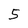
Character: 5